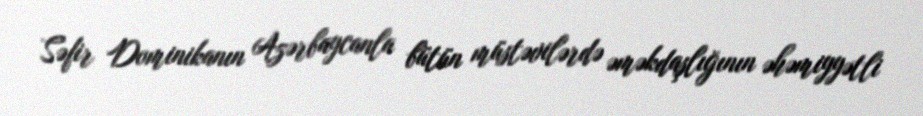
Səfir Dominikanın Azərbaycanla bütün müstəvilərdə əməkdaşlığının əhəmiyyətli